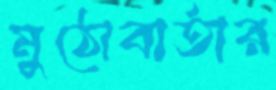
মুঠোবার্তার